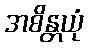
အစိန္တယုံ